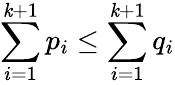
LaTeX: \sum_{i=1}^{\mathit{k}+1}p_{i}\leq\sum_{i=1}^{\mathit{k}+1}q_{i}